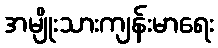
အမျိုးသားကျန်းမာရေး